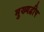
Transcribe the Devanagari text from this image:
मुख्यद्वीप